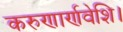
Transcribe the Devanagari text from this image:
करुणार्णवेशि।